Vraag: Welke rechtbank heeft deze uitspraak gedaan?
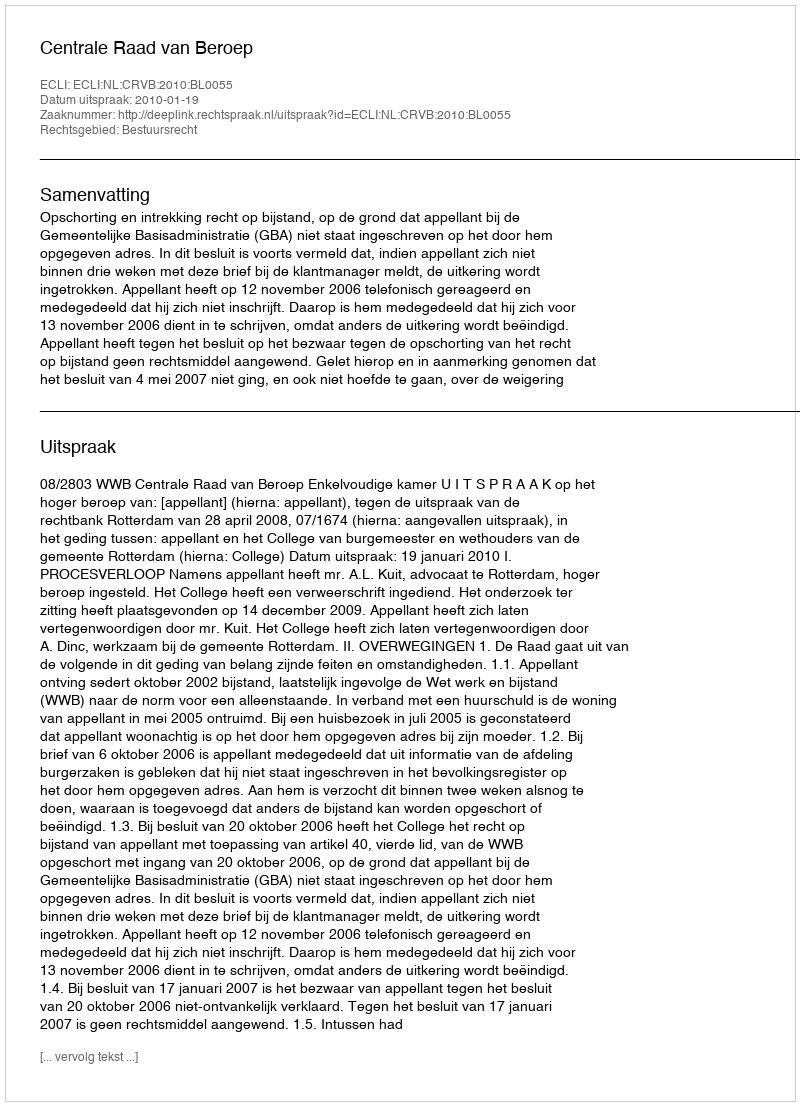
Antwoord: Centrale Raad van Beroep